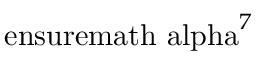
{ \mathrm { \ e n s u r e m a t h { \ a l p h a } } } ^ { 7 }